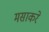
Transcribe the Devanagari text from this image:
मसाकरे